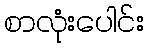
စာလုံးပေါင်း